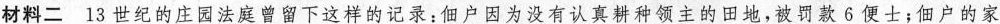
材料二13世纪的庄园法庭曾留下这样的记录：佃户因为没有认真耕种领主的田地，被罚款6便士；佃户的家